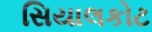
સિયાલકોટ